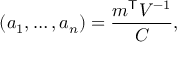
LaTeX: ( a _ { 1 } , \dots , a _ { n } ) = { \frac { m ^ { \mathsf { T } } V ^ { - 1 } } { C } } ,